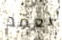
نعقد